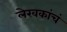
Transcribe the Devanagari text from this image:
लेखकांचं